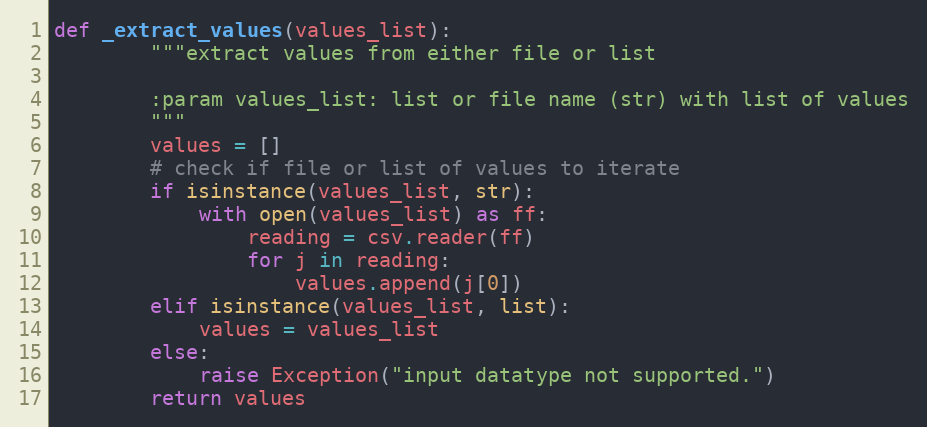
Language: Python
def _extract_values(values_list):
        """extract values from either file or list

        :param values_list: list or file name (str) with list of values
        """
        values = []
        # check if file or list of values to iterate
        if isinstance(values_list, str):
            with open(values_list) as ff:
                reading = csv.reader(ff)
                for j in reading:
                    values.append(j[0])
        elif isinstance(values_list, list):
            values = values_list
        else:
            raise Exception("input datatype not supported.")
        return values